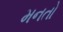
મનતો